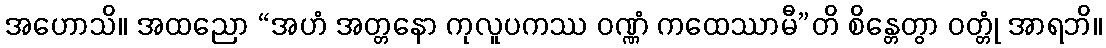
အဟောသိ။ အထညော “အဟံ အတ္တနော ကုလူပကဿ ဝဏ္ဏံ ကထေဿာမီ”တိ စိန္တေတွာ ဝတ္တုံ အာရဘိ။